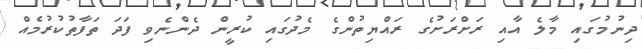
ދިނުމުގައި މާލެ އާއި ރަށްރަށުގެ ރައްޔިތުންގެ މެދުގައި ކުރީން ދެންނެވި ފަދަ ތަފާތުކުރުމެއް